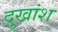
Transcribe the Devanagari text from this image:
दुखांश